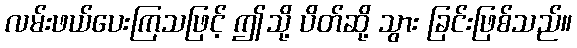
လမ်းဖယ်ပေးကြသဖြင့် ဤသို့ ပိတ်ဆို့ သွား ခြင်းဖြစ်သည်။